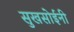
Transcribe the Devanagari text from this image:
सुखसोईनी